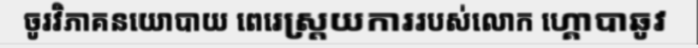
ចូរវិភាគនយោបាយ ពេរេស្ត្រយការរបស់លោក ហ្គោបាឆូវ